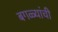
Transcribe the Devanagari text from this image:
बगळ्यांची